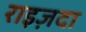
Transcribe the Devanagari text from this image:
राइज़दा